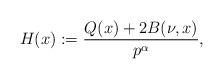
LaTeX: \begin{align*}H(x):=\frac{Q(x)+2B(\nu,x)}{p^\alpha},\end{align*}